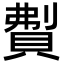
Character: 𬥚